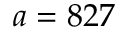
a = 8 2 7